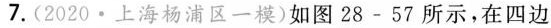
7.(2020·上海杨浦区一模)如图28-57所示，在四边